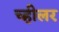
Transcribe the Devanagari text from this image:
च्हीलर